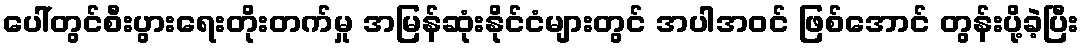
ပေါ်တွင်စီးပွားရေးတိုးတက်မှု အမြန်ဆုံးနိုင်ငံများတွင် အပါအဝင် ဖြစ်အောင် တွန်းပို့ခဲ့ပြီး